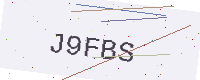
Text: J9FBS